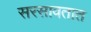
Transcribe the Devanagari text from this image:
सरसावतात